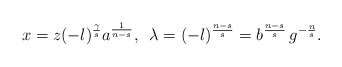
\begin{align*}x=z(-l)^{\frac{\gamma}{s}}a^{\frac{1}{n-s}},\,\,\,\lambda=(-l)^{\frac{n-s}{s}}=b^{\frac{n-s}{s}}\,g^{-\frac{n}{s}}.\end{align*}